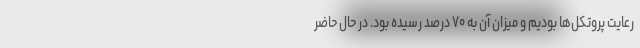
رعایت پروتکل‌ها بودیم و میزان آن به ۷۰ درصد رسیده بود. در حال حاضر